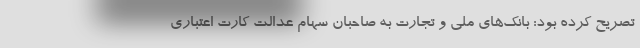
تصریح کرده بود: بانک‌های ملی و تجارت به صاحبان سهام عدالت کارت اعتباری